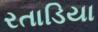
રતાડિયા